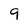
Character: 9